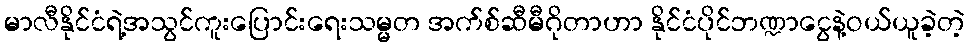
မာလီနိုင်ငံရဲ့အသွင်ကူးပြောင်းရေးသမ္မတ အက်စ်ဆီမီဂိုတာဟာ နိုင်ငံပိုင်ဘဏ္ဍာငွေနဲ့ဝယ်ယူခဲ့တဲ့